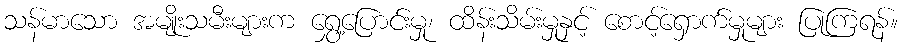
သန်မာသော အမျိုးသမီးများက ရွှေ့ပြောင်းမှု၊ ထိန်းသိမ်းမှုနှင့် စောင့်ရှောက်မှုများ ပြုကြရန်။